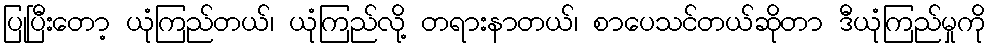
ပြုပြီးတော့ ယုံကြည်တယ်၊ ယုံကြည်လို့ တရားနာတယ်၊ စာပေသင်တယ်ဆိုတာ ဒီယုံကြည်မှုကို